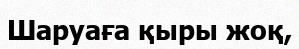
Шаруаға қыры жоқ,